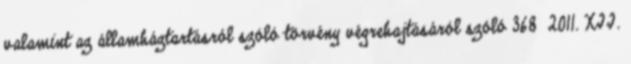
valamint az államháztartásról szóló törvény végrehajtásáról szóló 368 2011. XII.